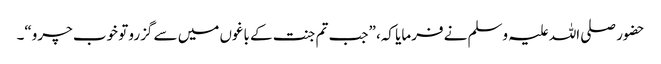
حضور صلی اللہ علیہ وسلم نے فرمایا کہ، ”جب تم جنت کے باغوں میں سے گزرو تو خوب چرو“۔